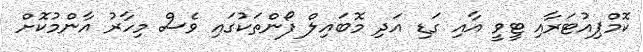
ކޮމްޕިއުޓަރާއި ޓީވީ އާއި ގަޑި އަދި މޮބައިލް ފޯންތަކުގައި ވެސް މިހާރު އާންމުކޮށް